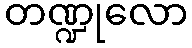
တဏ္ဍုလော